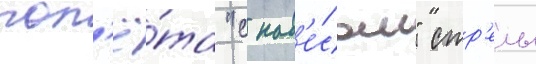
пол'ё́та "с нав'е́сом" стр'елы